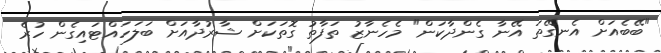
"ބޭބެއަށް އެނގޭތަ އޭނާ ގެންދާކަން" މެހެނާޒު ތަފާތު ގޮތަކަށް ޝާރުދާއަށް ބަލަހައްޓައިގެން ހުރެ